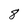
Character: 8